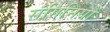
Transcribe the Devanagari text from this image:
संगिनियों